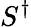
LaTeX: S^{\dagger}